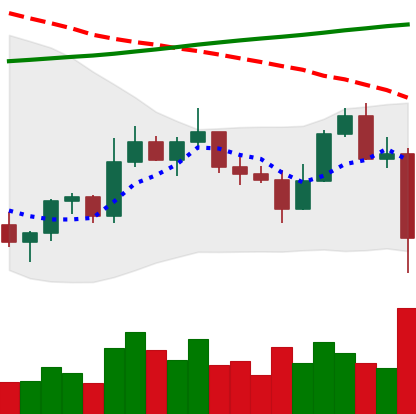
Ticker: ETC-USD
Chart end date: 2022-11-08
Forward return: -8.677%
Label: down_7plus